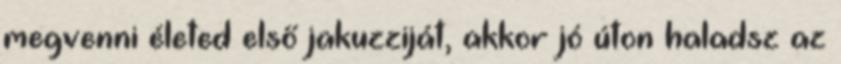
megvenni életed első jakuzziját, akkor jó úton haladsz az